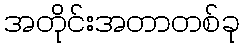
အတိုင်းအတာတစ်ခု